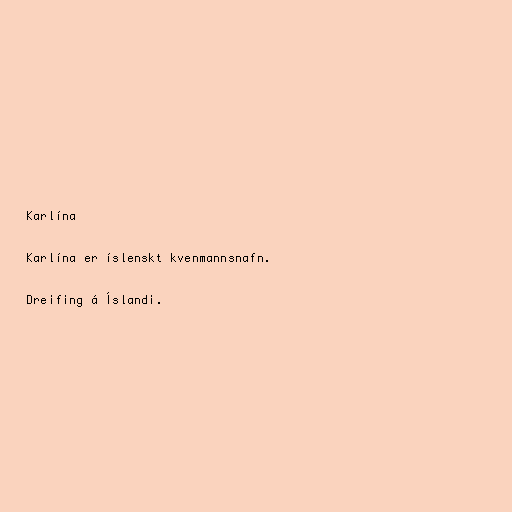
Karlína

Karlína er íslenskt kvenmannsnafn.

Dreifing á Íslandi.